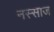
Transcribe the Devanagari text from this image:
नस्साज